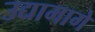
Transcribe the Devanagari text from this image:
उद्यामागे